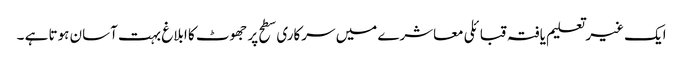
ایک غیر تعلیم یافتہ قبائلی معاشرے میں سرکاری سطح پر جھوٹ کا ابلاغ بہت آسان ہوتا ہے ۔